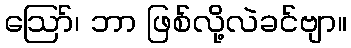
ဪ၊ ဘာ ဖြစ်လို့လဲခင်ဗျာ။